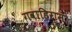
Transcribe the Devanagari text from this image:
गवाहिराम